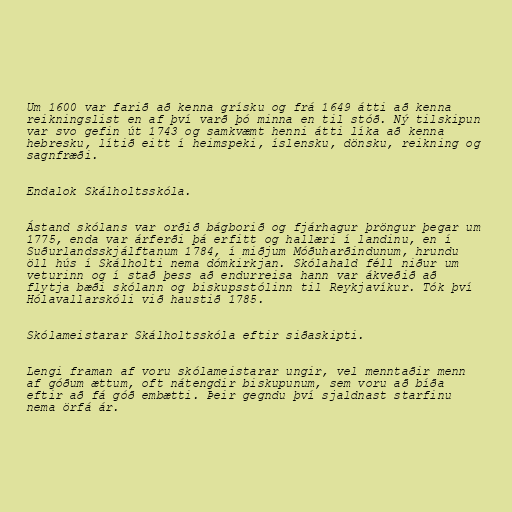
Um 1600 var farið að kenna grísku og frá 1649 átti að kenna
reikningslist en af því varð þó minna en til stóð. Ný tilskipun
var svo gefin út 1743 og samkvæmt henni átti líka að kenna
hebresku, lítið eitt í heimspeki, íslensku, dönsku, reikning og
sagnfræði.

Endalok Skálholtsskóla.

Ástand skólans var orðið bágborið og fjárhagur þröngur þegar um
1775, enda var árferði þá erfitt og hallæri í landinu, en í
Suðurlandsskjálftanum 1784, í miðjum Móðuharðindunum, hrundu
öll hús í Skálholti nema dómkirkjan. Skólahald féll niður um
veturinn og í stað þess að endurreisa hann var ákveðið að
flytja bæði skólann og biskupsstólinn til Reykjavíkur. Tók því
Hólavallarskóli við haustið 1785.

Skólameistarar Skálholtsskóla eftir siðaskipti.

Lengi framan af voru skólameistarar ungir, vel menntaðir menn
af góðum ættum, oft nátengdir biskupunum, sem voru að bíða
eftir að fá góð embætti. Þeir gegndu því sjaldnast starfinu
nema örfá ár.